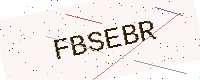
Text: FBSEBR